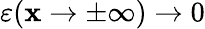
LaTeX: \varepsilon(\mathbf{x}\rightarrow\pm\infty)\rightarrow0